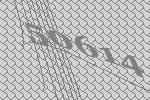
50614